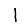
Digit: 1